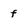
Character: f